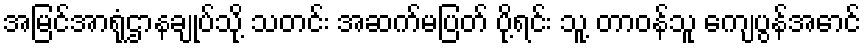
အမြင်အာရုံဌာနချုပ်သို့ သတင်း အဆက်မပြတ် ပို့ရင်း သူ့ တာဝန်သူ ကျေပွန်အောင်